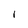
Character: 1